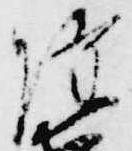
隆